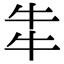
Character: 𤘧